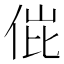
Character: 𬾌